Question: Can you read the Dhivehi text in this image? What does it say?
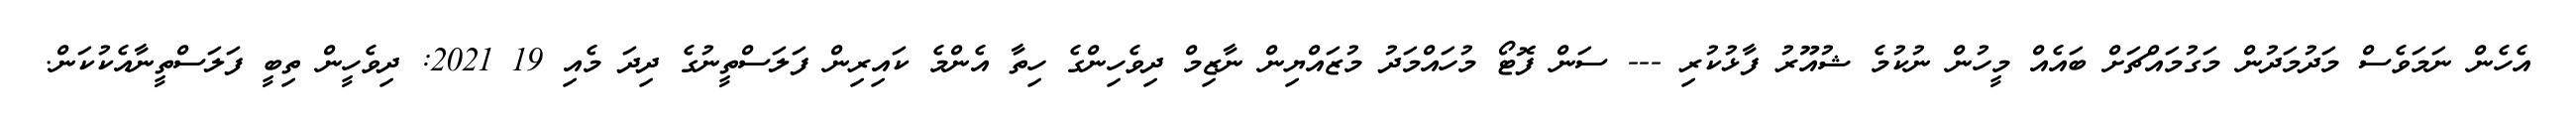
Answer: އެހެން ނަމަވެސް މަދުމަދުން މަގުމައްޗަށް ބައެއް މީހުން ނުކުމެ ޝުއޫރު ފާޅުކުރި --- ސަން ފޮޓޯ މުހައްމަދު މުޒައްޔިން ނާޒިމް ދިވެހިންގެ ހިތާ އެންމެ ކައިރިން ފަލަސްތީނުގެ ދިދަ މެއި 19 2021: ދިވެހީން ތިބީ ފަލަސްތީނާއެކުކަން.